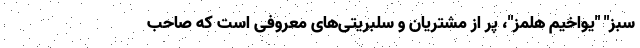
سبز" "یواخیم هلمز"، پر از مشتریان و سلبریتی‌های معروفی است که صاحب